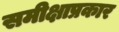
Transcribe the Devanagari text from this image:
समीक्षाप्रकार